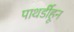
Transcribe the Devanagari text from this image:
पाथर्डीहून